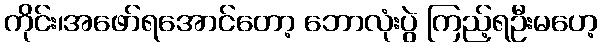
ကိုင်း၊အဖော်ရအောင်တော့ ဘောလုံးပွဲ ကြည့်ရဦးမဟေ့